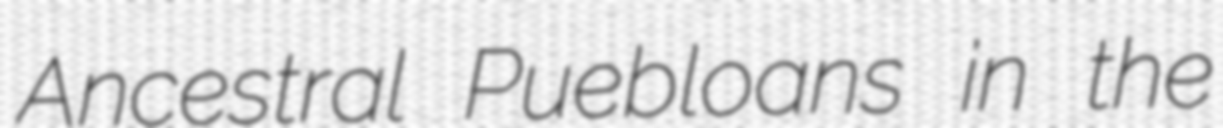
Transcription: Ancestral Puebloans in the